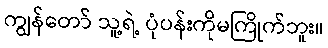
ကျွန်တော် သူ့ရဲ့ ပုံပန်းကိုမကြိုက်ဘူး။